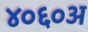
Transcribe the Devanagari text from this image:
४०६०अ